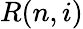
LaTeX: R(n,i)